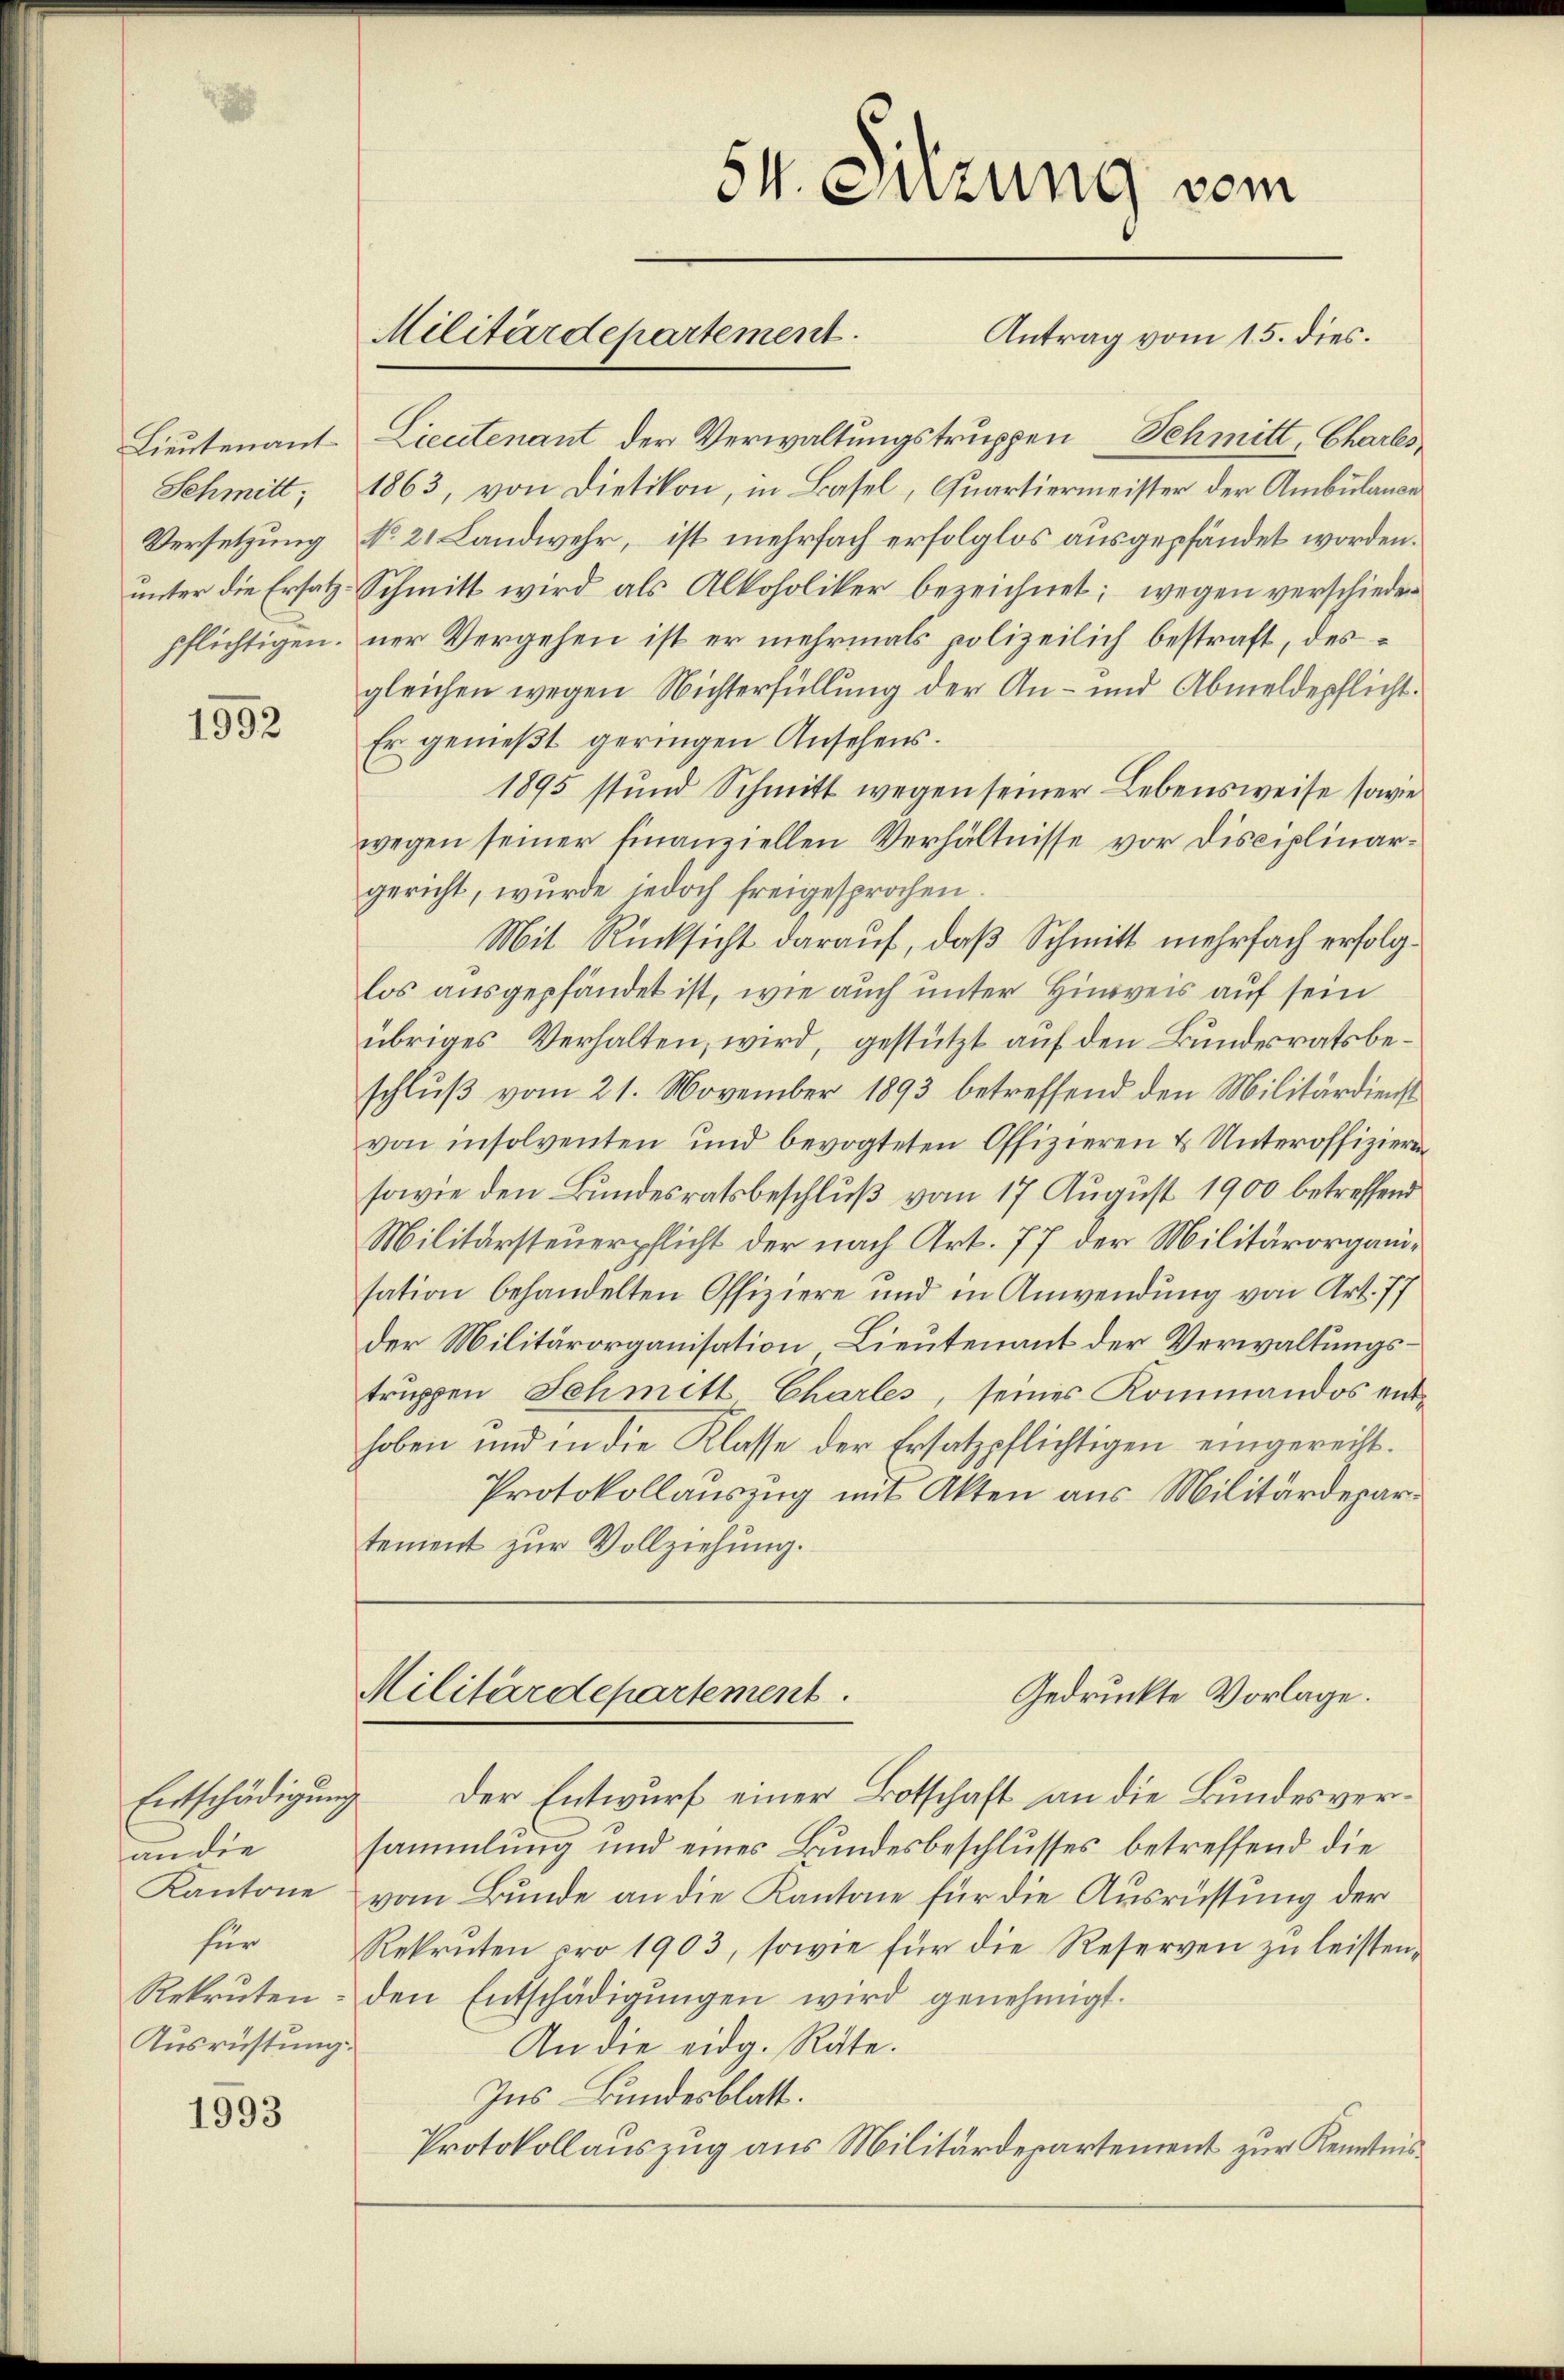
Lieutenant
Schmitt;
Versetzung
pflichtigen.

1992

Entschädigung
an die
Kantone
für
Rekruten:
Ausrüstung.

1993

54. Sitzung vom
Militärdepartement. Antrag vom 15. dies

Lieutenant der Verwaltungstruppen Schmitt, Charls
1863, von Dietikon, in Basel, Quartiermeister der Ambülance
No 21 Landwehr, ist mehrfach erfolglos ausgepfändet worden.
unter die Ersatz-Schmitt wird als Alkoholiker bezeichnet; wegen verschieden
ner Vergehen ist er mehrmals polizeilich bestraft, desgleichen wegen Nichterfüllung der An- und Abmeldepflicht.
Er genießt geringen Ansehens.
1895 stund Schmitt wegen seiner Lebensweise sowie
wegen seiner finanziellen Verhältnisse vor Disciplinargericht, wurde jedoch freigesprochen.
Mit Rücksicht darauf, daß Schmitt mehrfach erfolglos ausgepfändet ist, wie auch unter Hinweis auf sein
übriges Verhalten, wird, gestützt auf den Bundesratsbeschluß vom 21. November 1893 betreffend den Militärdienst
von insolventen und bevogteten Offizieren & Unteroffizieren
sowie den Bundesratsbeschluß vom 17 August 1900 betreffend
Militärsteuerpflicht der nach Art. 77 der Militärorganisation behandelten Offiziere und in Anwendung von Art. 77
der Militärorganisation Lieutenant der Verwaltungstruppen Schmitt Charles, seines Kommandos enthoben und in die Klasse der Ersatzpflichtigen eingerecht¬
Protokollauszug mit Akten aus Militärdepartement zur Vollziehung.

Militärdepartement
Gedruckte Vorlage.

Der Entwurf einer Botschaft an die Bundesversammlung und eines Bundesbeschlusses betreffend die
vom Bunde an die Kantone für die Ausrüstung der
Rekruten pro 1903, sowie für die Reserven zŭ leisten,
den Entschädigŭngen wird genehmigt.
An die eidg. Rate.
Ins Bundesblatt.
Protokollauszug aus Militärdepartement zur Kenntnis¬